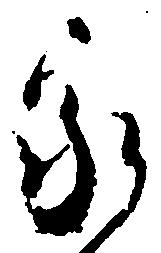
家